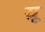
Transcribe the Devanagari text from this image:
य़ू